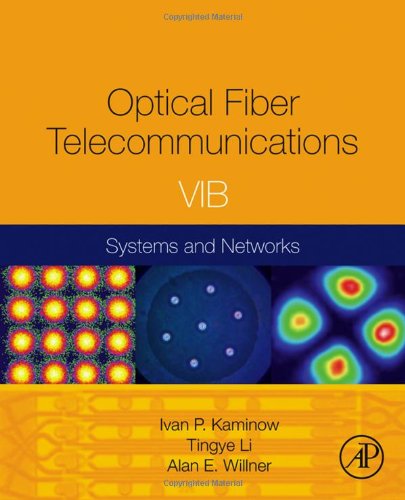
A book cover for Optical Fiber Telecommunications Volume VIB, Sixth Edition: Systems and Networks (Optics and Photonics); Science & Math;